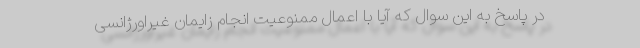
در پاسخ به این سوال که آیا با اعمال ممنوعیت انجام زایمان غیراورژانسی